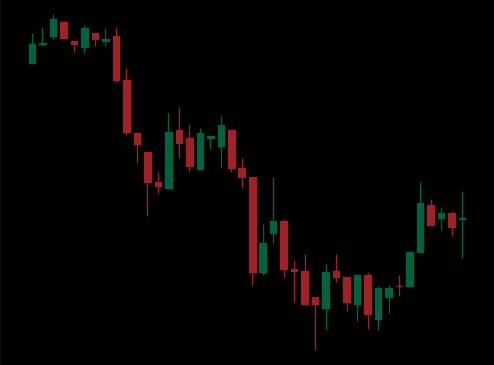
Pattern: bull_flag